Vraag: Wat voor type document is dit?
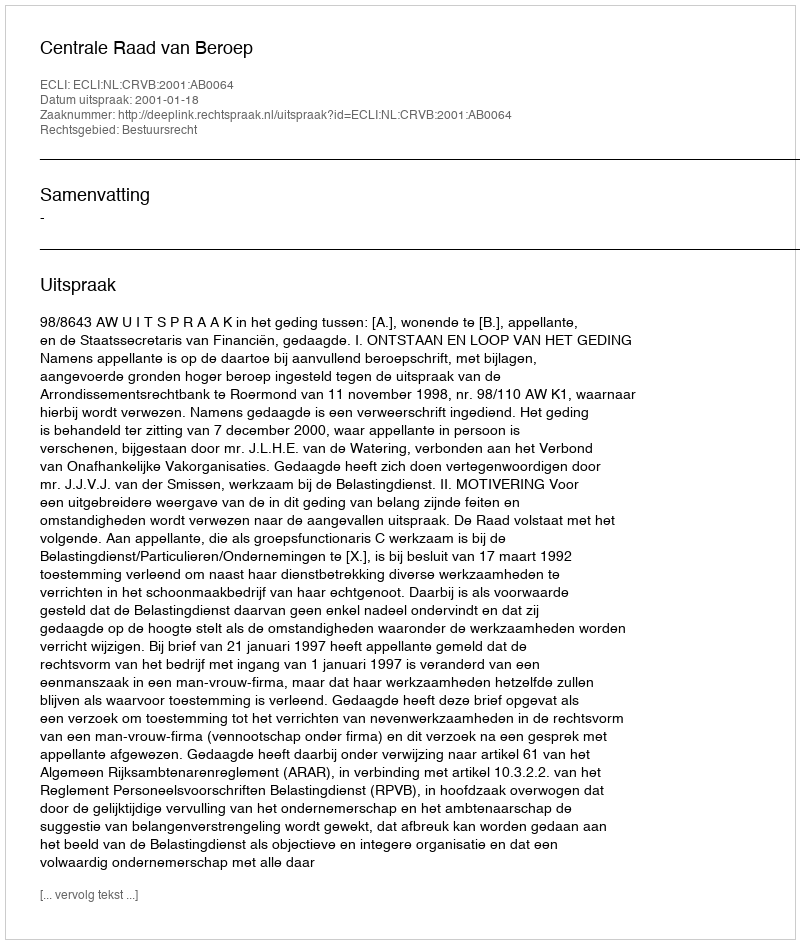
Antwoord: Uitspraak